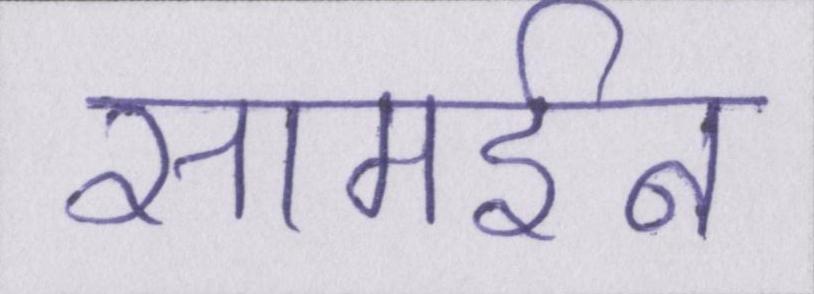
सामईन